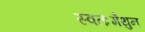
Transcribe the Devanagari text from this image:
स्वतःमैथुन